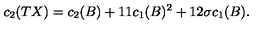
c _ { 2 } ( T X ) = c _ { 2 } ( B ) + 1 1 c _ { 1 } ( B ) ^ { 2 } + 1 2 \sigma c _ { 1 } ( B ) .